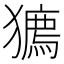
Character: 𤢒